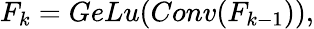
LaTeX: F_{k}=GeLu(Conv(F_{k-1})),